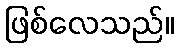
ဖြစ်လေသည်။